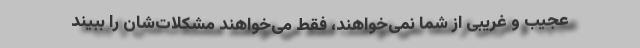
عجیب و غریبی از شما نمی‌خواهند، فقط می‌خواهند مشکلات‌شان را ببیند